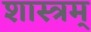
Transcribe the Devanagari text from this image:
शास्त्रम्